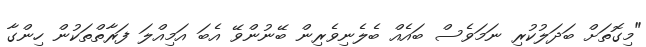
"މިގޮތަށް ބަދަލުކުރި ނަމަވެސް ބައެއް ބެލެނިވެރިން ބޭނުންވޭ އެބަ އަމިއްލަ ފަރާތްތަކުން ހިންގާ